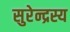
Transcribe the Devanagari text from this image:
सुरेन्द्रस्य